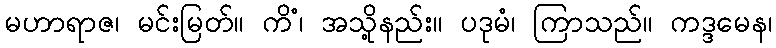
မဟာရာဇ၊ မင်းမြတ်။ ကိံ၊ အသို့နည်း။ ပဒုမံ၊ ကြာသည်။ ကဒ္ဒမေန၊